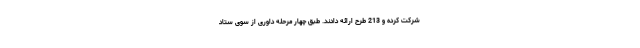
شرکت کرده و 213 طرح ارائه دادند. طبق چهار مرحله داوری از سوی ستاد